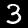
Label: 3